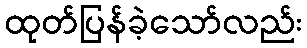
ထုတ်ပြန်ခဲ့သော်လည်း